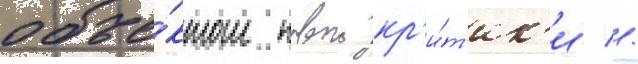
объе́ктом новои кр'и́т'ик'и //